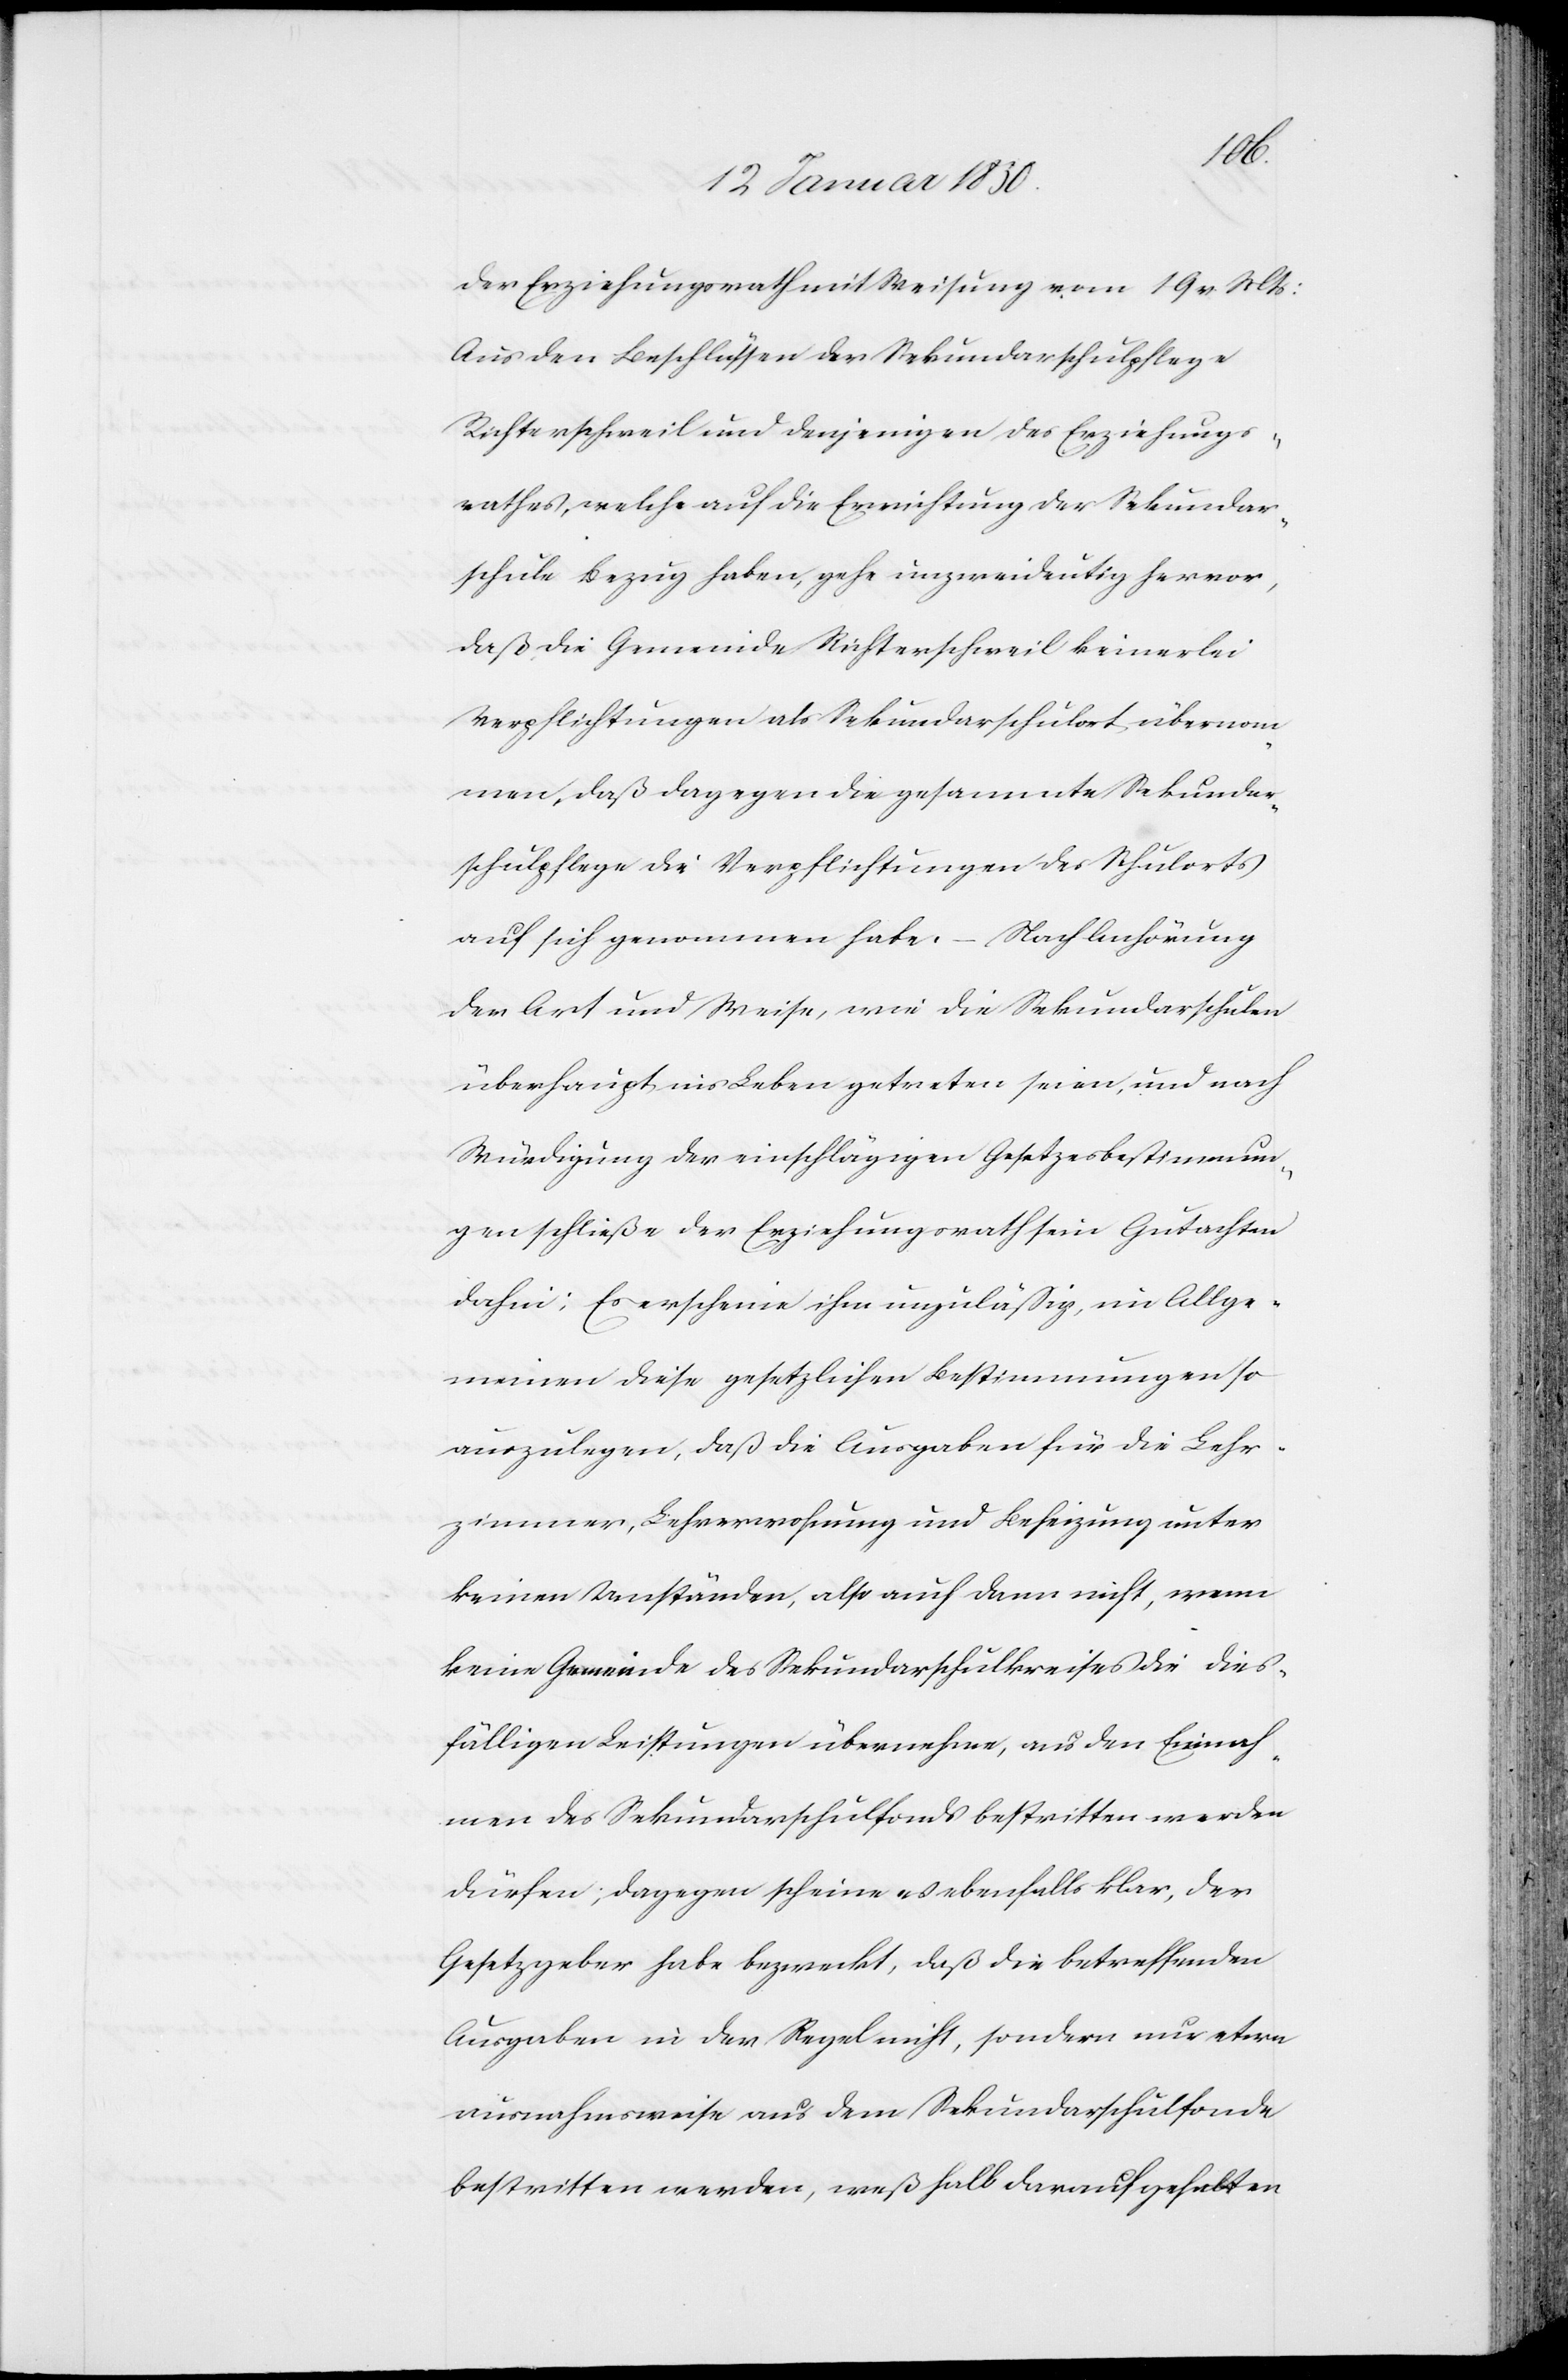
der Erziehungsrath mit Weisung vom 19 v Mts:
Aus den Beschlüssen der Sekundarschulpflege
Richterschweil und denjenigen des Erziehungs¬
rathes, welche auf die Errichtung der Sekundar¬
schule Bezug haben, gehe unzweideutig hervor,
daß die Gemeinde Richterschweil keinerlei
Verpflichtungen als Sekundarschulort übernom¬
men, daß dagegen die gesammte Sekundar¬
schulpflege die Verpflichtungen des Schulorts
auf sich genommen habe. – Nach Anhörung
der Art und Weise, wie die Sekundarschulen
überhaupt ins Leben getreten seien, und nach
Würdigung der einschlägigen Gesetzesbestimmun¬
gen schließe der Erziehungsrath sein Gutachten
dahin: Es erscheine ihm unzuläßig, im Allge¬
meinen diese gesetzlichen Bestimmungen so
auszulegen, daß die Ausgaben für die Lehr¬
zimmer, Lehrerwohnung und Beheizung unter
keinen Umständen, also auch dann nicht, wenn
keine Gemeinde des Sekundarschulkreises die dies¬
fälligen Leistungen übernehme, aus den Einnah¬
men des Sekundarschulfonds bestritten werden
dürfen; dagegen scheine es ebenfalls klar, der
Gesetzgeber habe bezweckt, daß die betreffenden
Ausgaben in der Regel nicht, sondern nur etwa
ausnahmsweise aus dem Sekundarschulfonde
bestritten werden, weßhalb darauf gehalten